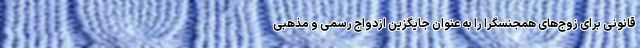
قانونی برای زوج‌های همجنسگرا را به عنوان جایگزین ازدواج رسمی و مذهبی